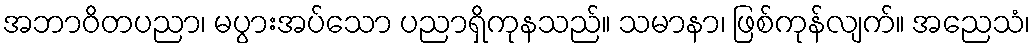
အဘာဝိတပညာ၊ မပွားအပ်သော ပညာရှိကုနသည်။ သမာနာ၊ ဖြစ်ကုန်လျက်။ အညေသံ၊